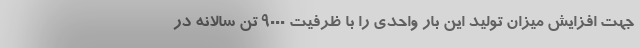
جهت افزایش میزان تولید این بار واحدی را با ظرفیت ۹۰۰۰ تن سالانه در